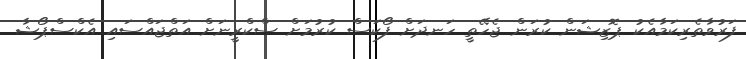
ފަރުވާތެރިކަމާއެކު ޕޮޒިޝަން ކުރަން ޖެހޭތީ ހަނދަށް ފޯކަސް ކުރުމަށް ސްކްރީނަށް އަތްޖައްސައި އެކްސްޕޯޝާ